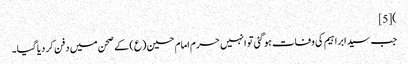
)[5]
جب سید ابراہیم کی وفات ہو گئی تو انہیں حرم امام حسین (ع) کے صحن میں دفن کر دیا گیا۔